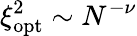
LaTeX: \xi_{\mathrm{opt}}^{2}\sim N^{-\nu}